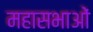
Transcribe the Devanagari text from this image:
महासभाओं